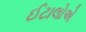
ઈટાલોએ